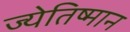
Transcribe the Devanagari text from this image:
ज्येतिष्मान